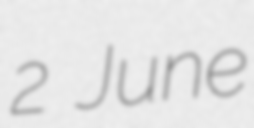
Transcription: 2 June